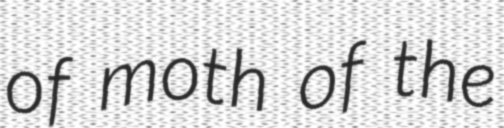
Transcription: of moth of the